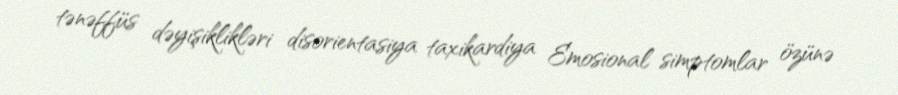
tənəffüs dəyişiklikləri disorientasiya taxikardiya Emosional simptomlar özünə